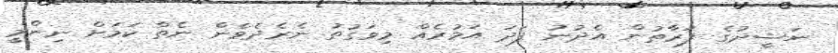
ނަޝީދުގެ ފަރާތުން އެދުނު ފަދަ އަމުރެއް މިވަގުތު ނެރެދެވެން ނެތް ކަމަށް ނިންމީ